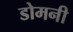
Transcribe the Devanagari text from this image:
डोमनी